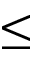
\leq